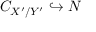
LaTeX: C _ { X ^ { \prime } / Y ^ { \prime } } \hookrightarrow N